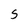
Character: 5